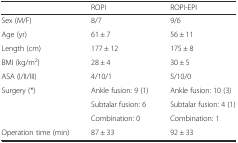
|  | ROPI | ROPI-EPI |
 | --- | --- | --- |
 | Sex (M/F) | 8/7 | 9/6 |
 | Age (yr) | 61 ± 7 | 56 ± 11 |
 | Length (cm) | 177 ± 12 | 175 ± 8 |
 | BMI (kg/m2) | 28 ± 4 | 30 ± 5 |
 | ASA (I/II/III) | 4/10/1 | 5/10/0 |
 | <ROWSPAN=3> Surgery (*) | Ankle fusion: 9 (1) | Ankle fusion: 10 (3) |
 | Subtalar fusion: 6 | Subtalar fusion: 4 (1) |
 | Combination: 0 | Combination: 1 |
 | Operation time (min) | 87 ± 33 | 92 ± 33 |